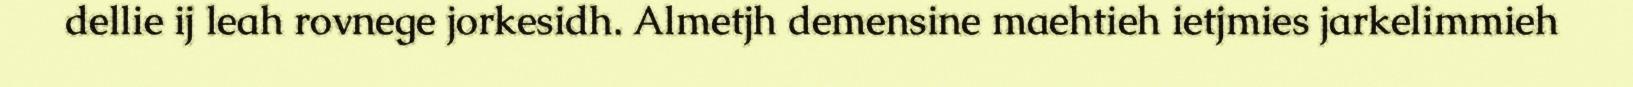
dellie ij leah rovnege jorkesidh. Almetjh demensine maehtieh ietjmies jarkelimmieh